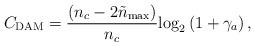
LaTeX: \begin{align*}{C_{{\rm{DAM}}}} = \frac{{\left( {{n_c} - 2{{\tilde n}_{\max }}} \right)}}{{{n_c}}}{\log _2}\left( {1 + {\gamma _a}} \right),\end{align*}